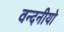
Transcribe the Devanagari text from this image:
वन्दनीयो